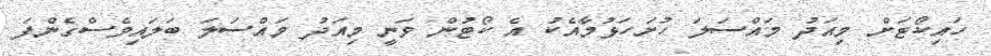
ހައިކޯޓަށް މިއަދު މައްސަލަ ހުށަހަޅުމާއެކު އެ ކޯޓުން ވަނީ މިއަދު މައްސަލަ ބަލައިވެސްގެންފަ